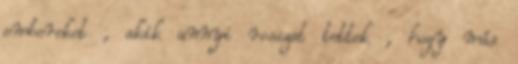
embereket , akik annyi rosszat tettek , hogy más